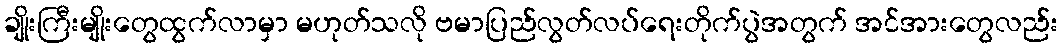
ချိုးကြီးမျိုးတွေထွက်လာမှာ မဟုတ်သလို ဗမာပြည်လွတ်လပ်ရေးတိုက်ပွဲအတွက် အင်အားတွေလည်း